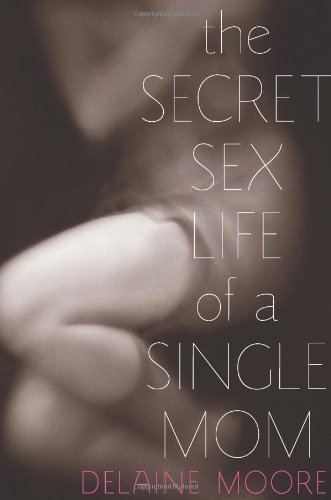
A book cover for The Secret Sex Life of a Single Mom; Delaine Moore; Parenting & Relationships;